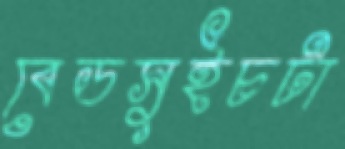
বেডসুইচটা